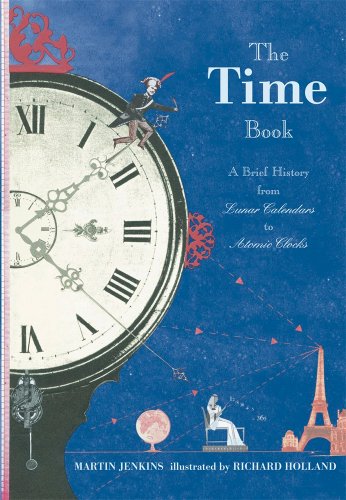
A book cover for The Time Book: A Brief History from Lunar Calendars to Atomic Clocks; Martin Jenkins; Science & Math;